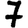
Digit: 7